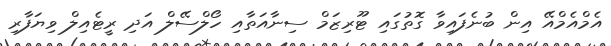
އެމްއެމްއޭ އިން ބުނެފައިވާ ގޮތުގައި ޓޫރިޒަމް ސިނާއަތާއި ހޯލްސޭލް އަދި ރީޓެއިލް ވިޔަފާރި